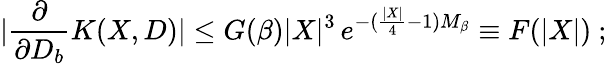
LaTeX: \left.|\frac{\partial}{\partial D_{b}}K(X,D)|\leq G(\beta)|X|^{3}\, e^{-(\frac{|X|}{4}-1)M_{\beta}}\equiv F(|X|)\ ;\right.